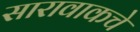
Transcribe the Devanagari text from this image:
सारावाकचे